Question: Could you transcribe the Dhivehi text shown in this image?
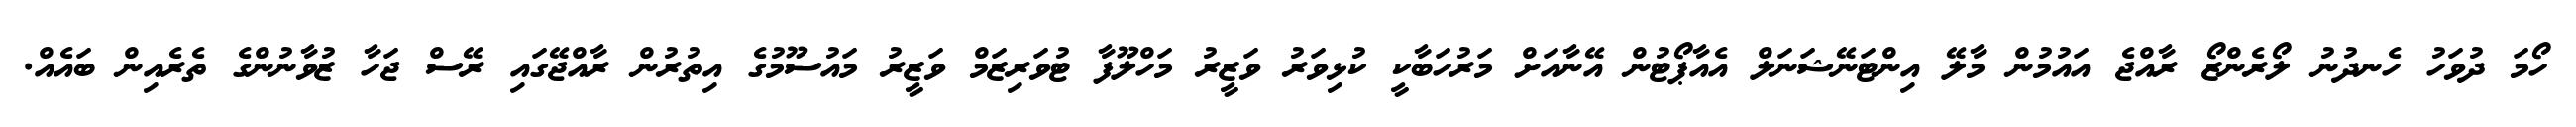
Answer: ހޯމަ ދުވަހު ހެނދުނު ލޯރެންޒޯ ރާއްޖެ އައުމުން މާލޭ އިންޓަނޭޝަނަލް އެއާޕޯޓުން އޭނާއަށް މަރުހަބާކީ ކުޅިވަރު ވަޒީރު މަހްލޫފާ ޓުވަރިޒަމް ވަޒީރު މައުސޫމުގެ އިތުރުން ރާއްޖޭގައި ރޭސް ޖަހާ ޒުވާނުންގެ ތެރެއިން ބައެއް.